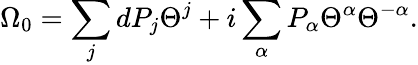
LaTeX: \Omega_{0}=\sum_{j}dP_{j}\Theta^{j}+i\sum_{\alpha}P_{\alpha}\Theta^{\alpha}\Theta^{-\alpha}.